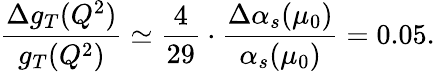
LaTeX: \frac{\Delta g_{T}(Q^{2})}{g_{T}(Q^{2})}\simeq\frac{4}{29}\cdot\frac{\Delta\alpha_{s}(\mu_{0})}{\alpha_{s}(\mu_{0})}=0.05.